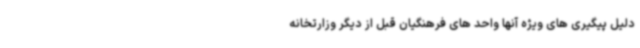
دلیل پیگیری های ویژه آنها واحد های فرهنگیان قبل از دیگر وزارتخانه